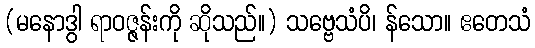
(မနောဒွါ ရာဝဇ္ဇန်းကို ဆိုသည်။) သဗ္ဗေသံပိ၊ န်သော။ ဧတေသံ